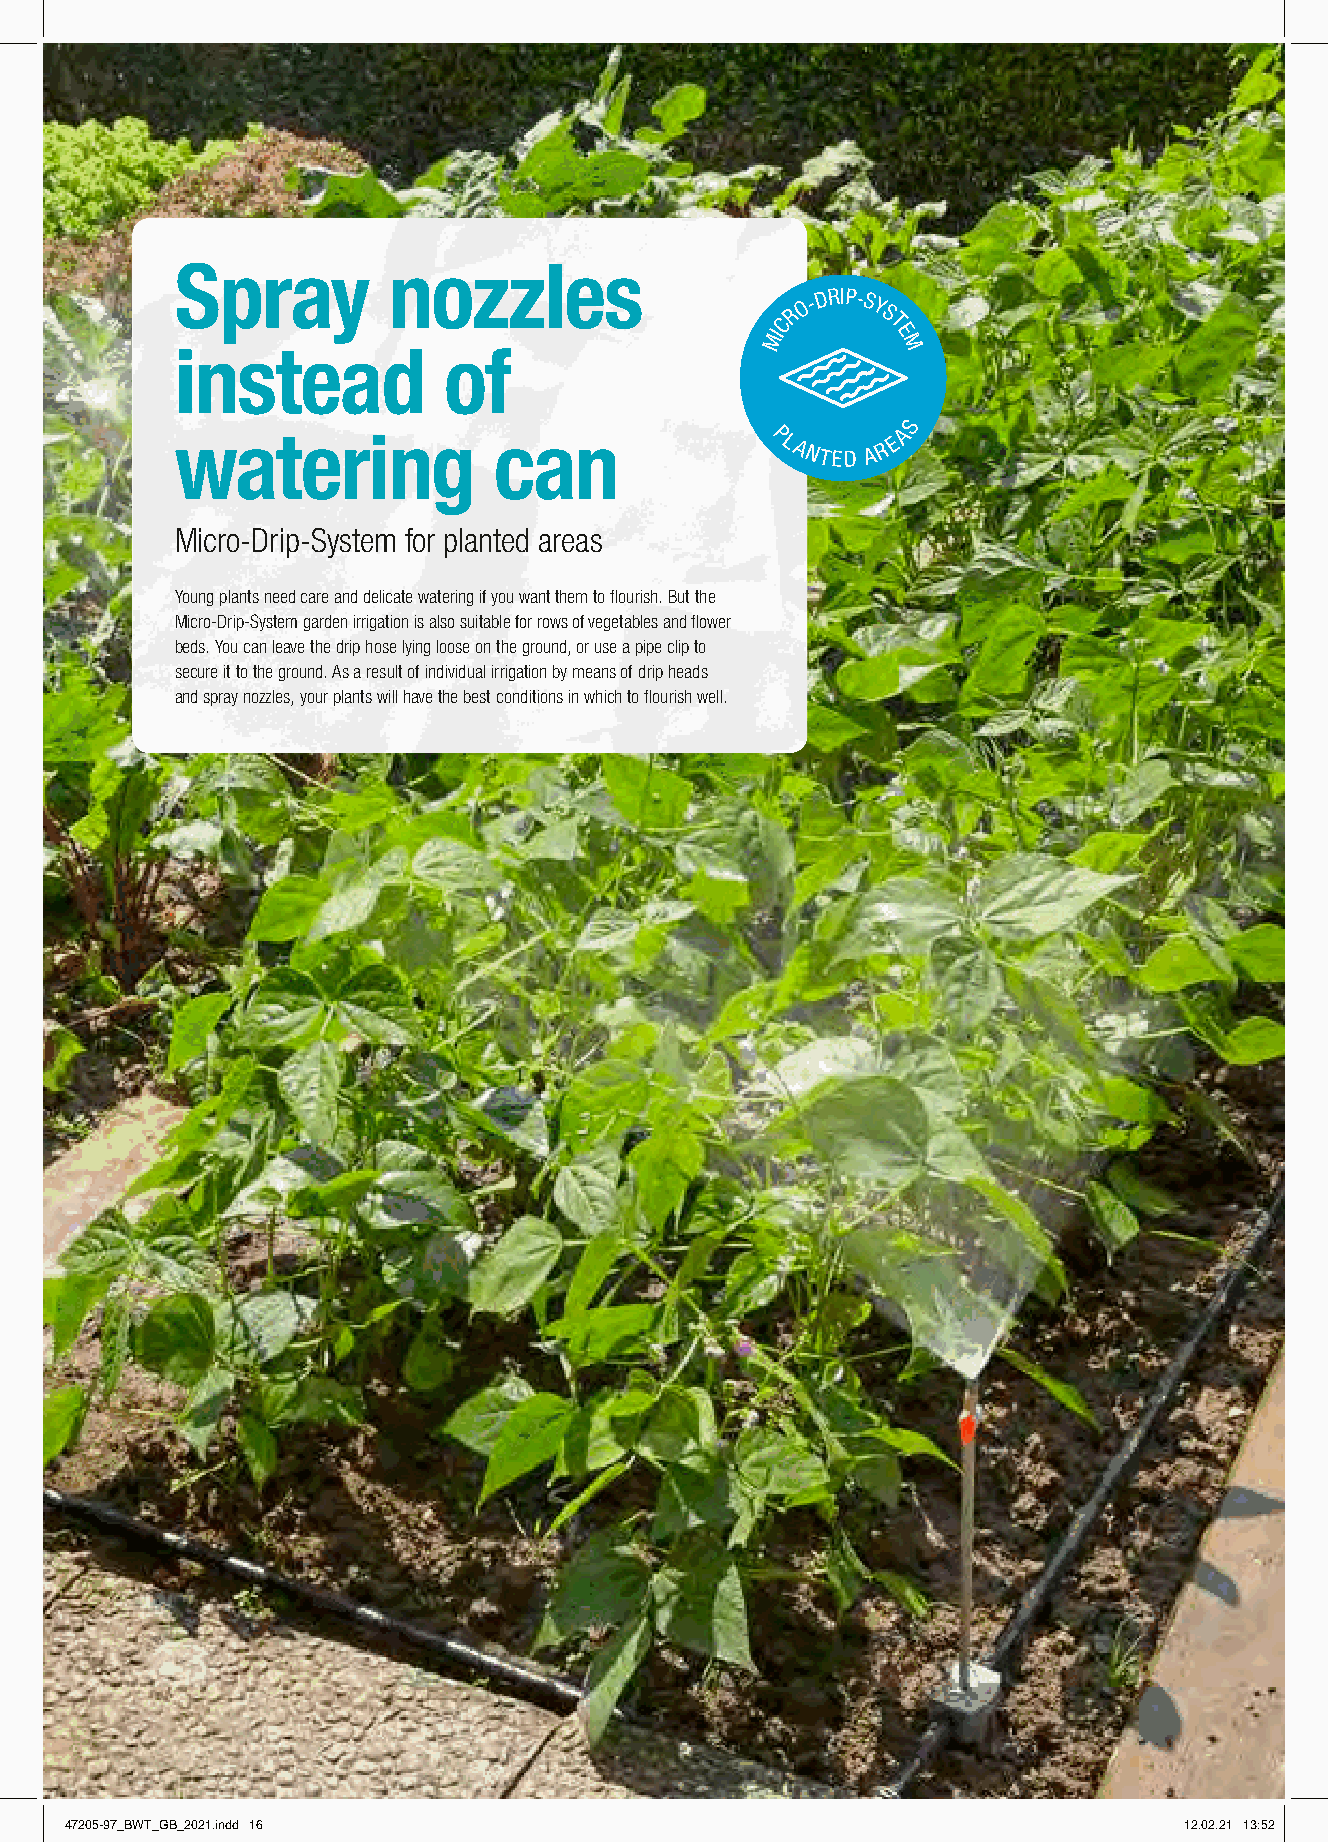
Spray         nozzles
 RO
 -DRIP-SY
 S
 C      T
 MI      E
 M
 instead          of
 S
 watering             can               PLANTED
 A R
 EA
 Micro-Drip-System for planted areas
 Young plants need care and delicate watering if you want them to flourish. But the
 Micro-Drip-System garden irrigation is also suitable for rows of vegetables and flower
 beds. You can leave the drip hose lying loose on the ground, or use a pipe clip to
 secure it to the ground. As a result of individual irrigation by means of drip heads
 and spray nozzles, your plants will have the best conditions in which to flourish well.
 47205-97_BWT_GB_2021.indd 16                                              12.02.21 13:52